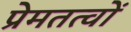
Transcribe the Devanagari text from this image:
प्रेमतत्वों